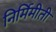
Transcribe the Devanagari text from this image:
निर्मिमीती